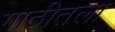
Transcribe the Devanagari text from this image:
गाठीतला